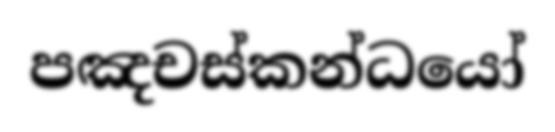
පඤචස්කන්ධයෝ